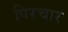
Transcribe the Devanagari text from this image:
पिरचार